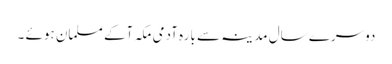
دوسرے سال مدینہ سے بارہ آدمی مکہ آکے مسلمان ہوئے ۔